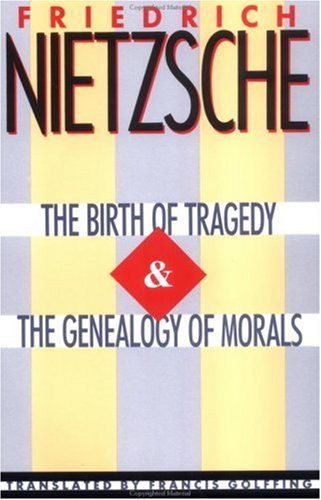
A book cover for The Birth of Tragedy & The Genealogy of Morals; Friedrich Nietzsche; Literature & Fiction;